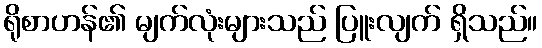
ရိုစာဟန်၏ မျက်လုံးများသည် ပြူးလျက် ရှိသည်။